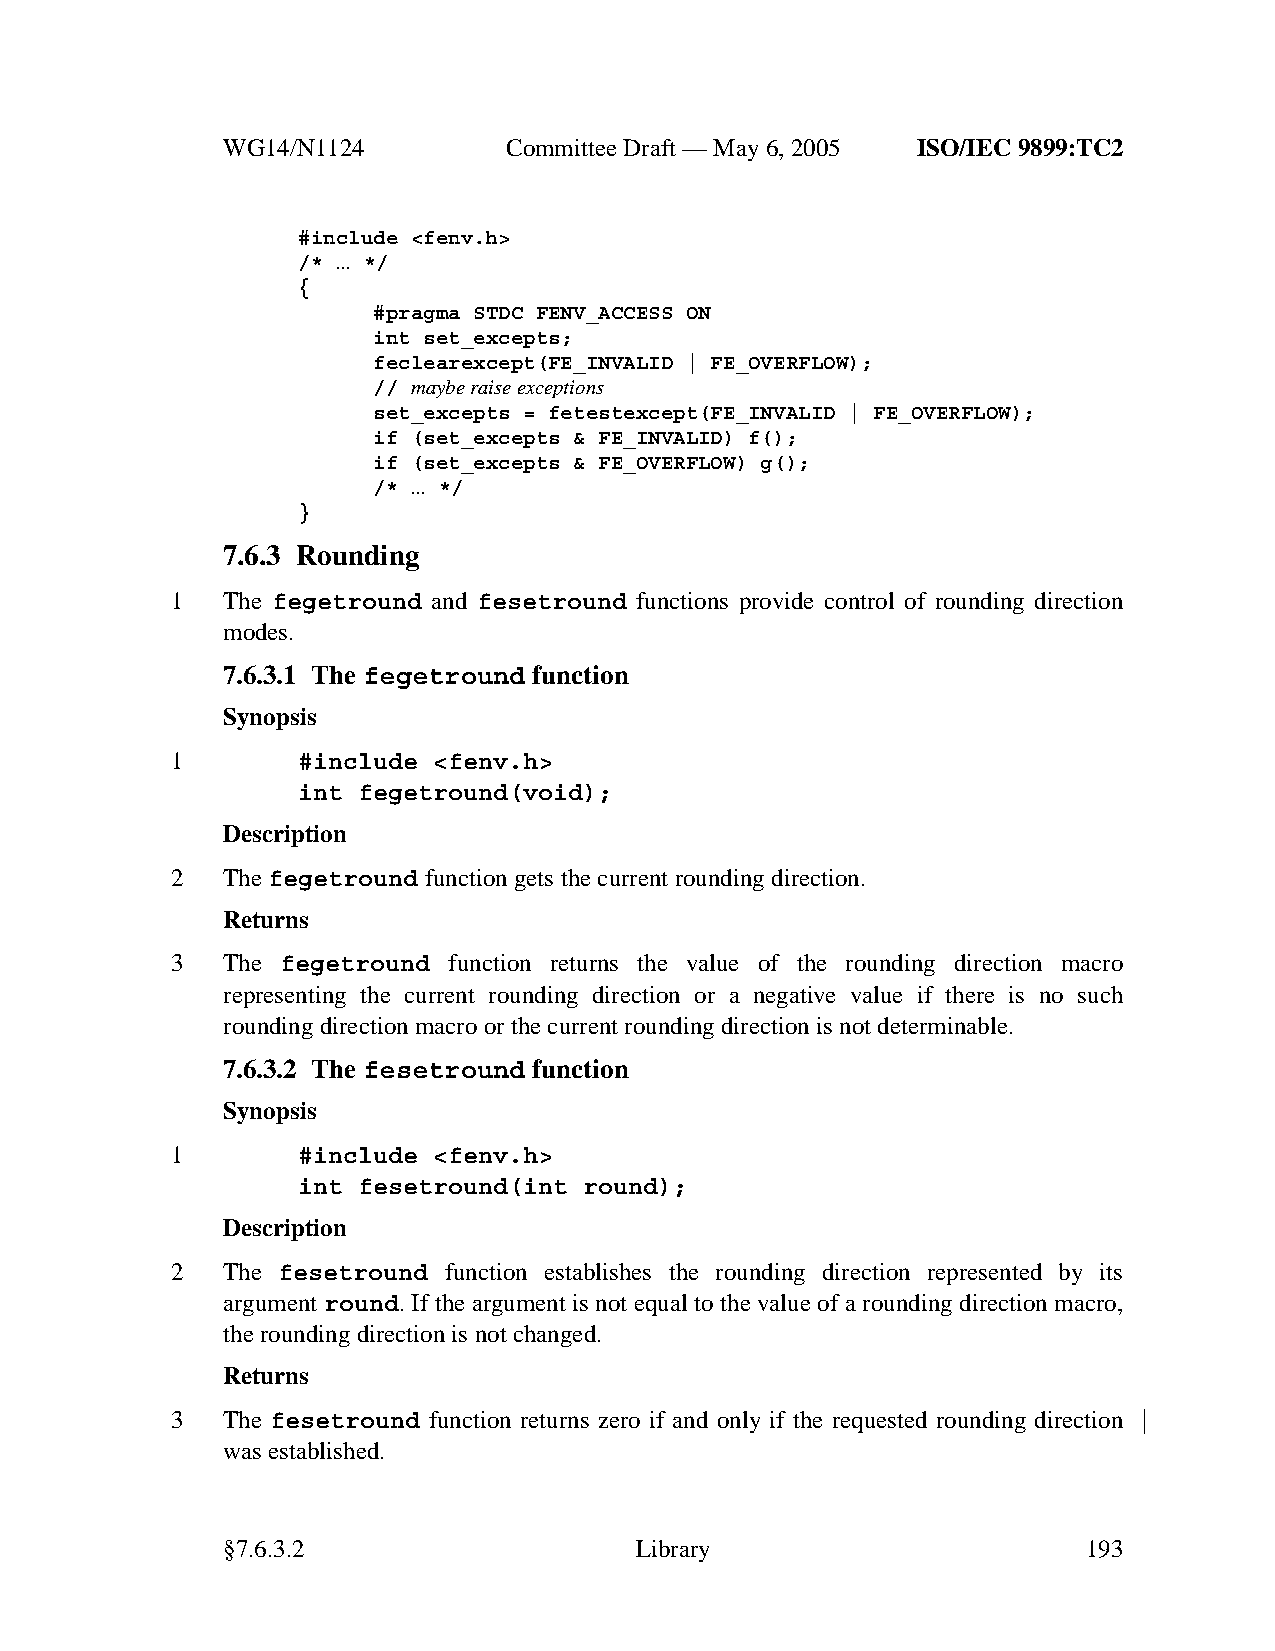
WG14/N1124        CommitteeDraft — May 6, 2005 ISO/IEC 9899:TC2
 #include <fenv.h>
 /* ... */
 {
 #pragma STDC FENV_ACCESS ON
 int set_excepts;
 feclearexcept(FE_INVALID | FE_OVERFLOW);
 // maybe raise exceptions
 set_excepts = fetestexcept(FE_INVALID | FE_OVERFLOW);
 if (set_excepts & FE_INVALID) f();
 if (set_excepts & FE_OVERFLOW) g();
 /* ... */
 }
 7.6.3 Rounding
 1   The fegetround and fesetround functions provide control of rounding direction
 modes.
 7.6.3.1 The fegetround function
 Synopsis
 1        #include <fenv.h>
 int fegetround(void);
 Description
 2   Thefegetround function gets the current rounding direction.
 Returns
 3   The fegetround function returns the value of the rounding direction macro
 representing the current rounding direction or a negative value if there is no such
 rounding direction macro or the current rounding direction is not determinable.
 7.6.3.2 The fesetround function
 Synopsis
 1        #include <fenv.h>
 int fesetround(int round);
 Description
 2   The fesetround function establishes the rounding direction represented by its
 argument round. If the argument is not equal to the value of a rounding direction macro,
 the rounding direction is not changed.
 Returns
 3   The fesetround function returns zero if and only if the requested rounding direction
 wasestablished.
 §7.6.3.2                   Library                       193